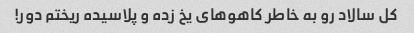
کل سالاد رو به خاطر کاهو‌های یخ زده و پلاسیده ریختم دور!